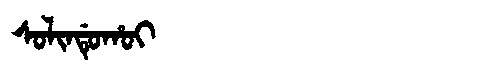
Manchu: ᠰᠣᠯᡳᠨᡩᡠᡥᠣᡳ
Romanization: SOLINDUHOI